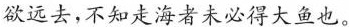
欲远去，不知走海者未必得大鱼也。